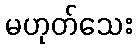
မဟုတ်သေး